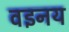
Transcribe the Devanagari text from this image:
वइनय